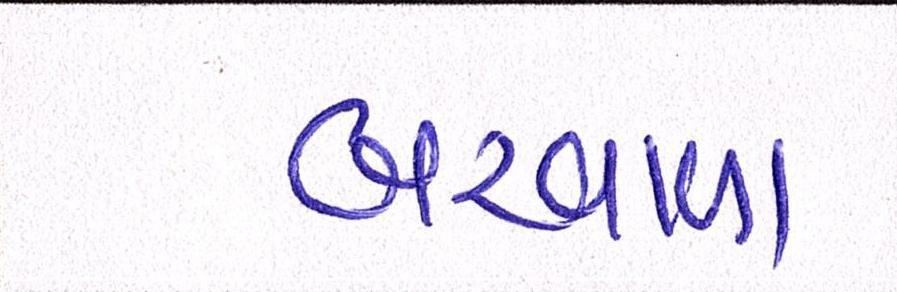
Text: બરવાળા